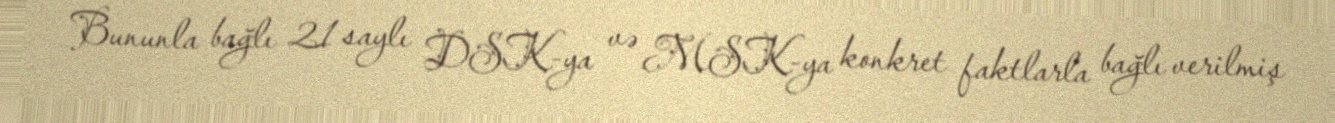
Bununla bağlı 21 saylı DSK-ya və MSK-ya konkret faktlarla bağlı verilmiş